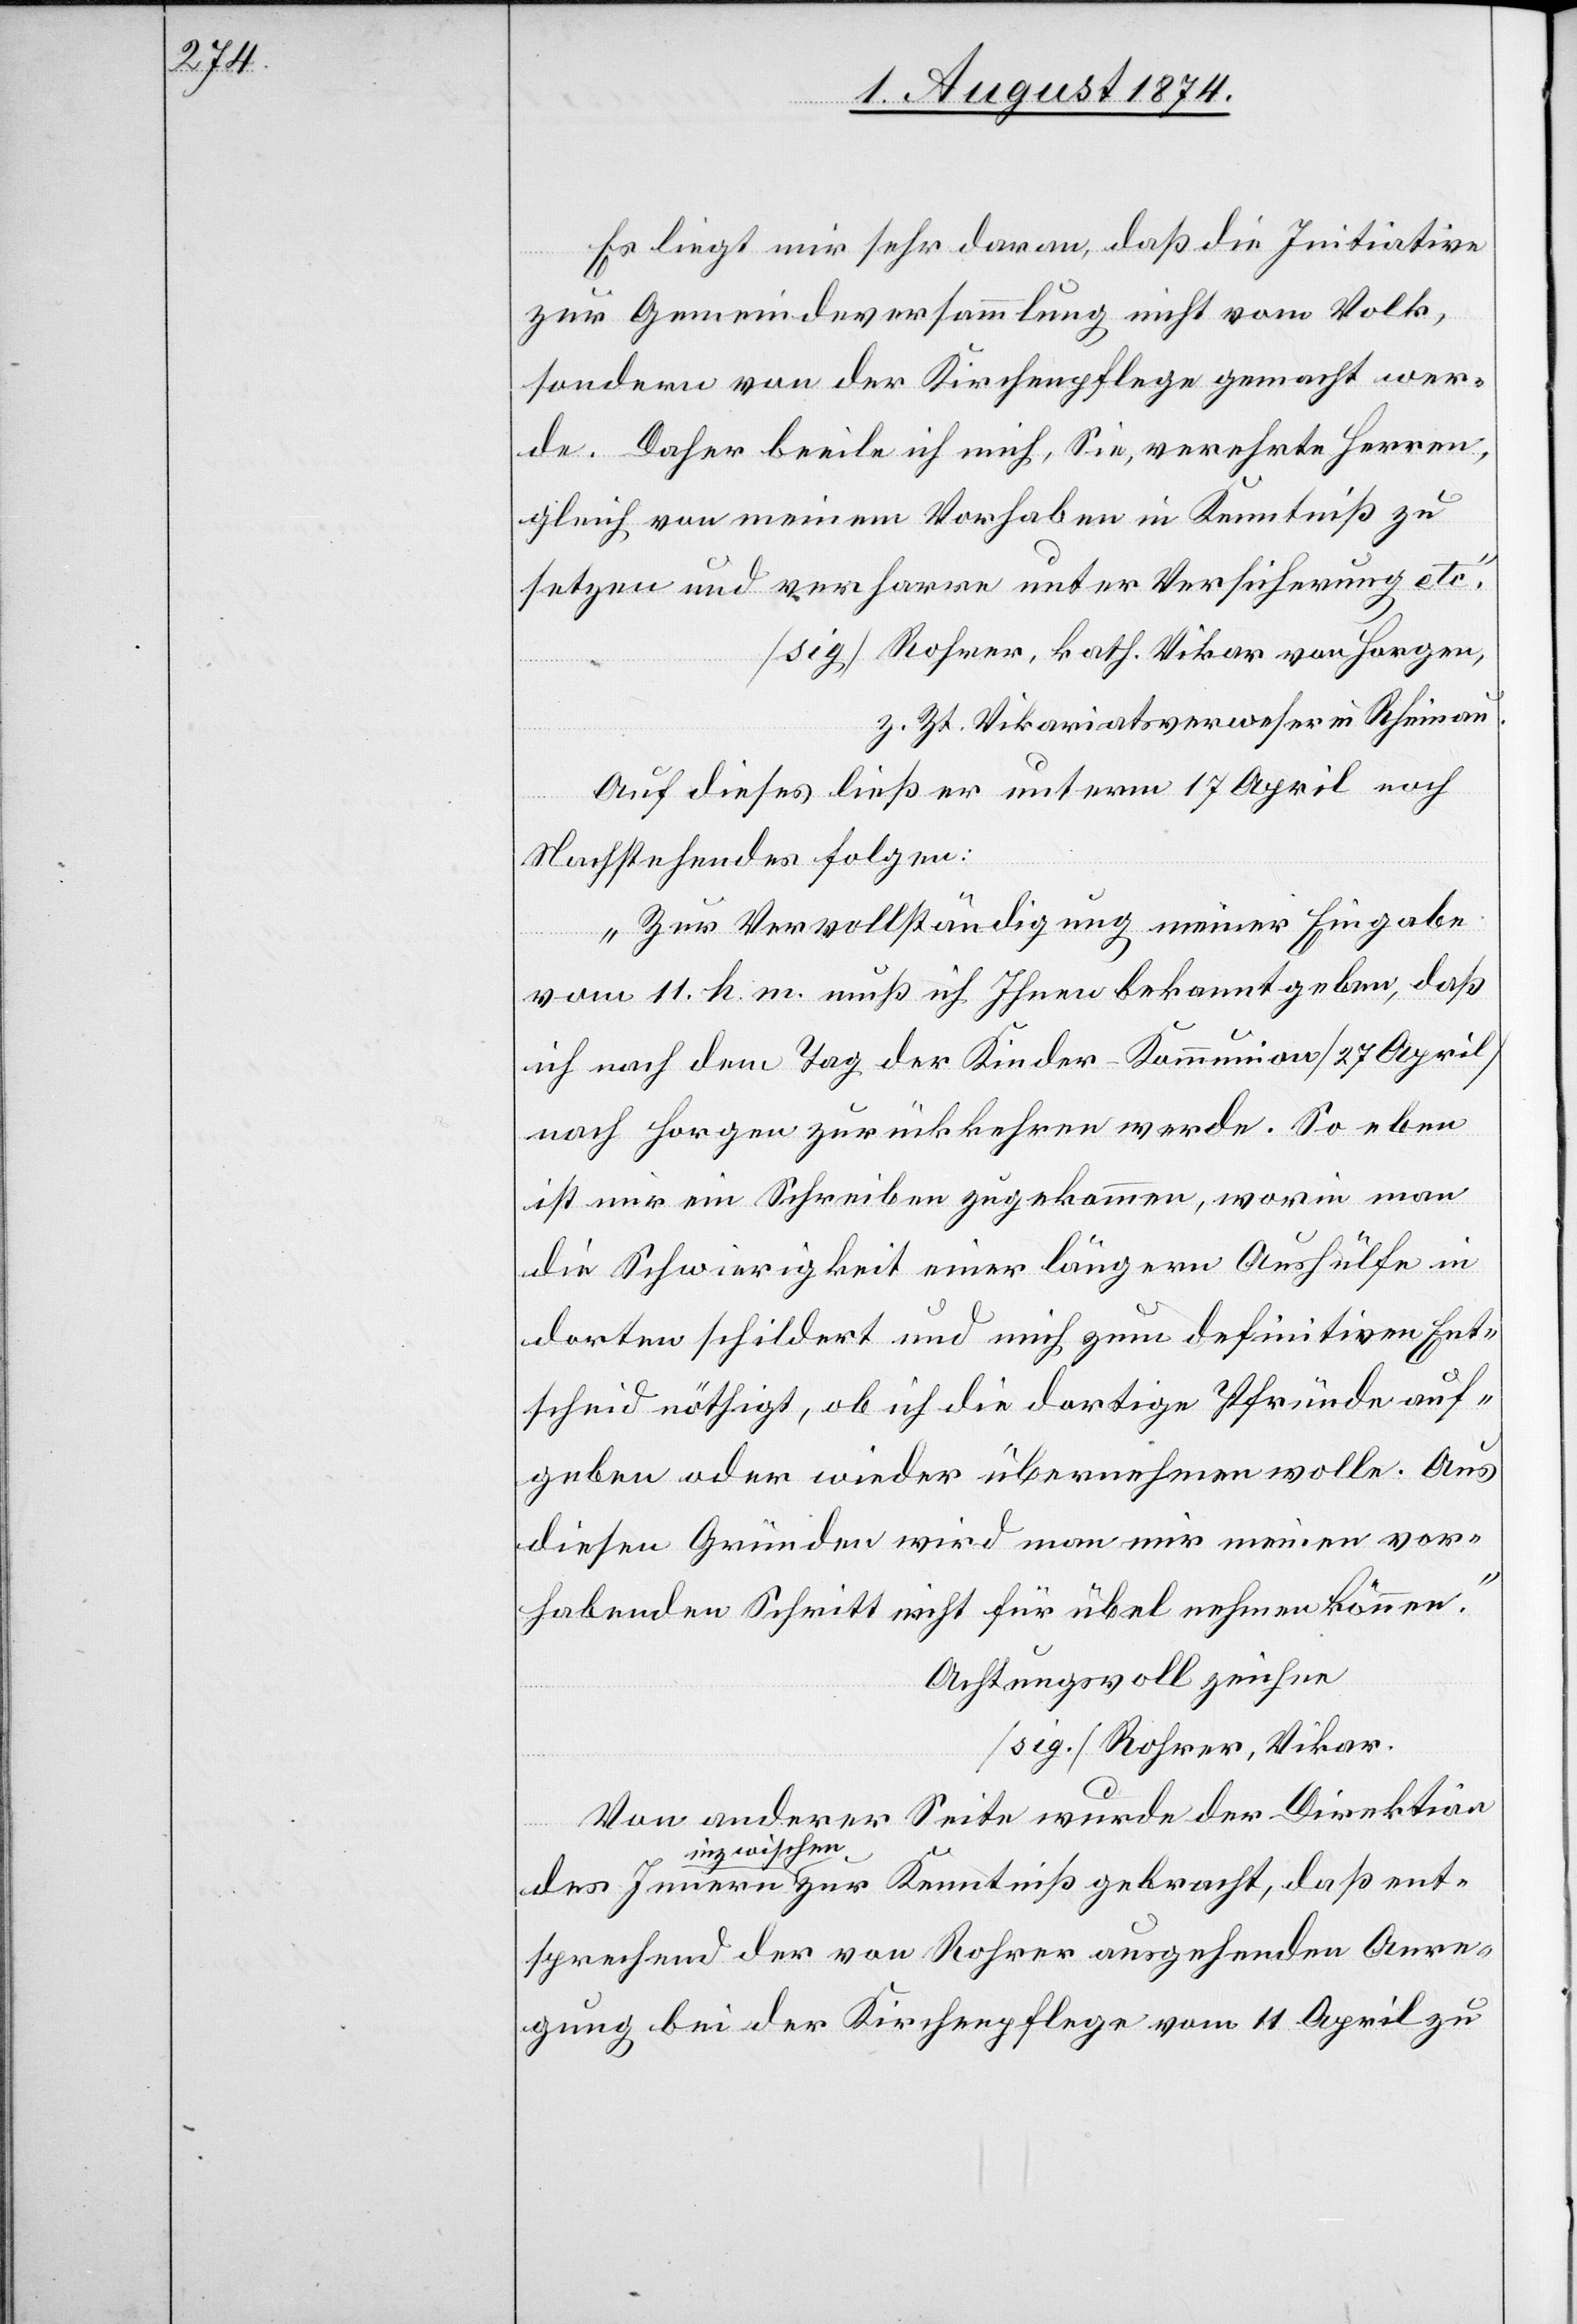
Es liegt mir sehr daran, daß die Initiative
zur Gemeindeversammlung nicht vom Volk,
sondern von der Kirchenpflege gemacht wer¬
de. Daher beeile ich mich, Sie, verehrte Herren,
gleich von meinem Vorhaben in Kenntniß zu
setzen und verharre unter Versicherung etc.“
[sig.] Rohrer, kath. Vikar von Horgen.
ent¬
z. Zt. Vikariatsverweser in Rheinau.
Auf dieses ließ er unterm 17. April noch
Nachstehendes folgen:
„Zur Vervollständigung meiner Eingabe
vom 11. k. m. muß ich Ihnen bekannt geben, daß
ich nach dem Tag der Kinder-Kommunion [27. April]
nach Horgen zurückkehren werde. So eben
ist mir ein Schreiben zugekommen, worin man
die Schwierigkeit einer längern Aushülfe in
dorten schildert und mich zum definitiven Ent¬
scheid nöthigt, ob ich die dortige Pfründe auf¬
geben oder wieder übernehmen wolle. Aus
diesen Gründen wird man mir meinen vor¬
habenden Schritt nicht für übel nehmen können.“
Achtungsvoll zeichen
[sig.] Rohrer, Vikar.
Von anderer Seite wurde der Direktion
inzwischen
sprechend der von Rohrer ausgehenden Anre¬
gung bei der Kirchenpflege vom 11. April zu